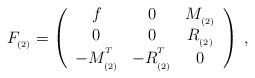
LaTeX: \begin{align*}F_{_{(2)}}=\left(\begin{array}{ccc}f & 0 & M_{_{(2)}} \\0 & 0 & R_{_{(2)}} \\-M_{_{(2)}}^{^T} & -R_{_{(2)}}^{^T} & 0\end{array}\right) \;,\end{align*}